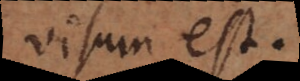
visum est.